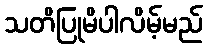
သတိပြုမိပါလိမ့်မည်